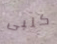
كلبى